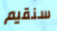
سنقيم